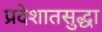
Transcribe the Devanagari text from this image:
प्रदेशातसुद्धा